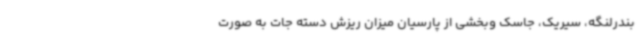
بندرلنگه، سیریک، جاسک وبخشی از پارسیان میزان ریزش دسته جات به صورت